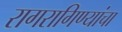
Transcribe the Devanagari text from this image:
रागरागिण्यांचा